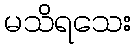
မသိရသေး